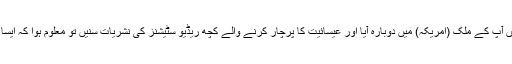
لیکن افسوس کہ جب میں آپ کے ملک (امریکہ) میں دوبارہ آیا اور عیسائیت کا پرچار کرنے والے کچھ ریڈیو سٹیشنز کی نشریات سنیں تو معلوم ہوا کہ ایسا کچھ بھی نہیں ہوا ہے ۔